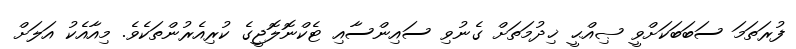
ފުރަތަމަ ސަބަބަކަށްވީ ޞިއްޙީ ޚިދުމަތަށް ގެނުވި ސައިންސާއި ޓެކްނޮލޮޖީގެ ކުރިއެރުންތަކެވެ. މިއާއެކު އަލަށް